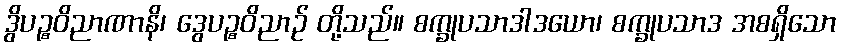
ဒွိပဉ္စဝိညာဏာနိ၊ ဒွေပဉ္စဝိညာဉ် တို့သည်။ စက္ခုပသာဒါဒယော၊ စက္ခုပသာဒ အစရှိသော